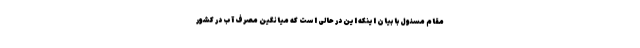
مقام مسئول با بیان اینکه این در حالی است که میانگین مصرف آب در کشور